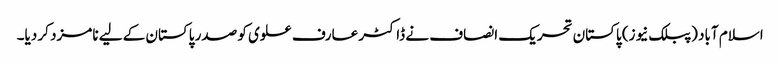
اسلام آباد (پبلک نیوز) پاکستان تحریک انصاف نے ڈاکٹر عارف علوی کو صدر پاکستان کے لیے نامزد کر دیا۔